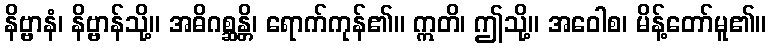
နိဗ္ဗာနံ၊ နိဗ္ဗာန်သို့။ အဓိဂစ္ဆန္တိ၊ ရောက်ကုန်၏။ ဣတိ၊ ဤသို့။ အဝေါစ၊ မိန့်တော်မူ၏။